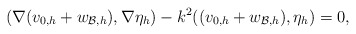
\begin{align*}(\nabla(v_{0,h}+w_{\mathcal{B},h}),\nabla\eta_h)-k^2((v_{0,h}+w_{\mathcal{B},h}), \eta_h)=0, \end{align*}